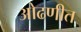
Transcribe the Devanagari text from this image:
ओढणीत